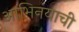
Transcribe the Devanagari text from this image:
आभिनयाची